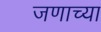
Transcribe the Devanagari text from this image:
जणाच्या